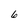
Character: 6